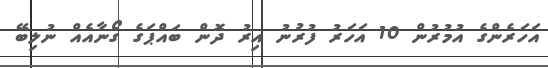
އަހަރެންގެ އުމުރުން 10 އަހަރު ފުރުނު އިރު ދޮން ބައްޕަގެ ގޯނާއެއް ނުލިބޭ